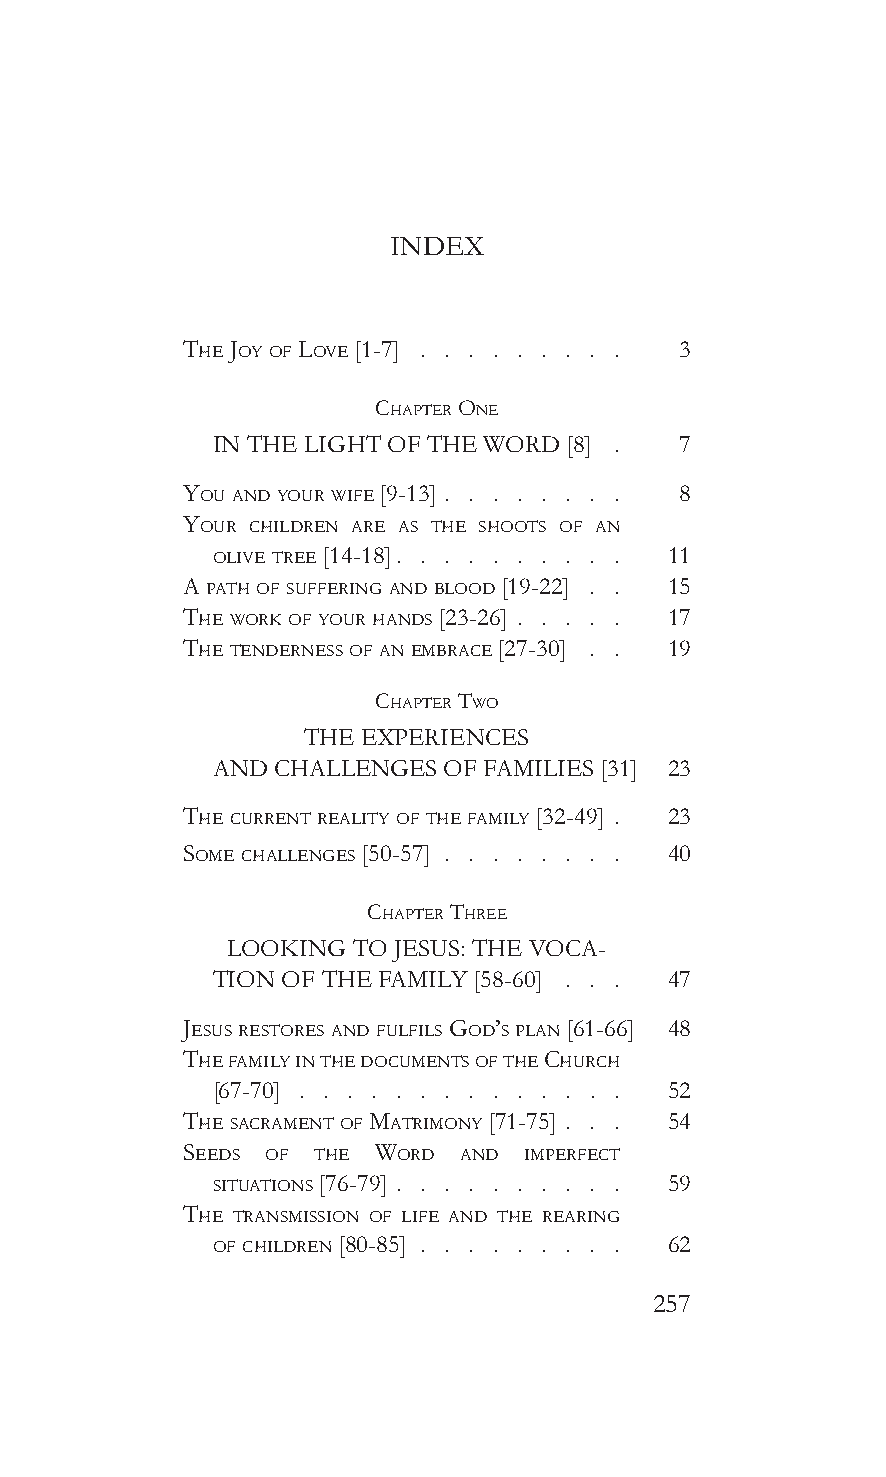
INDEX
 The Joy of Love [1-7]            3
 chapTer one
 IN THE LIGHT OF THE WORD [8] . 7
 you and your Wife [9-13]         8
 your chiLdren are as The shooTs of an
 oLive Tree [14-18]            11
 a paTh of sufferinG and bLood [19-22] 15
 The Work of your hands [23-26]  17
 The Tenderness of an embrace [27-30] . . 19
 chapTer TWo
 THE EXPERIENCES
 AND CHALLENGES OF FAMILIES [31] 23
 The currenT reaLiTy of The famiLy [32-49] 23
 some chaLLenGes [50-57]         40
 chapTer Three
 LOOKING TO JESUS: THE VOCA-
 TION OF THE FAMILY [58-60] . . . 47
 Jesus resTores and fuLfiLs God’s pLan [61-66] 48
 The famiLy in The documenTs of The church
 [67-70]                       52
 The sacramenT of maTrimony [71-75] 54
 seeds of The Word and  imperfecT
 siTuaTions [76-79]            59
 The Transmission of Life and The rearinG
 of chiLdren [80-85]           62
 257